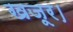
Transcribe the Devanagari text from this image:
खजूर।